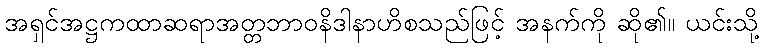
အရှင်အဋ္ဌကထာဆရာအတ္တဘာဝနိဒါနာဟိစသည်ဖြင့် အနက်ကို ဆို၏။ ယင်းသို့